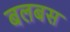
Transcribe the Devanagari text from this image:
बलबस